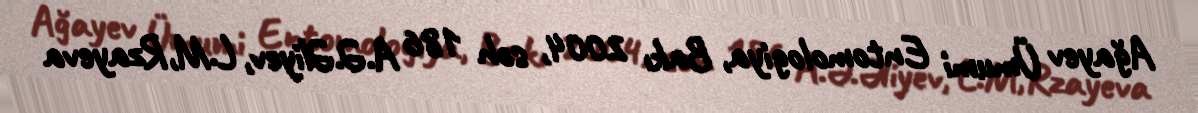
Ağayev Ümumi Entomologiya, Bakı 2004, səh 186 A.Ə.Əliyev, L.M,Rzayeva